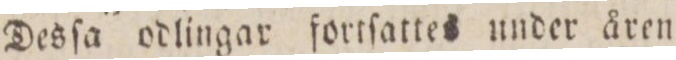
Desſa odlingar fortſattes under åren